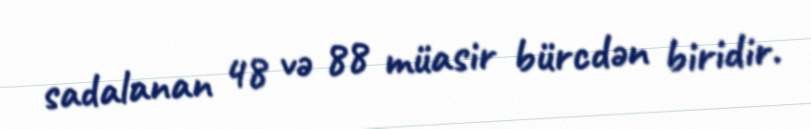
sadalanan 48 və 88 müasir bürcdən biridir.